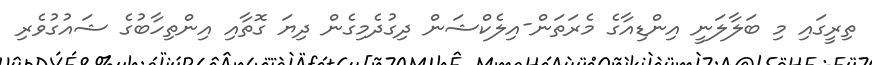
ތިރީގައި މި ބަލާލަނީ އިންޑިއާގެ މެރަތަން-އިލެކްޝަން ދިގުދެމިގެން ދިޔަ ގޮތާއި އިންތިހާބުގެ ޝައުގުވެރި